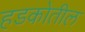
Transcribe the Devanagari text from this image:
हडकोतील